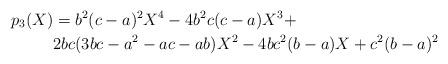
LaTeX: \begin{align*}p_3(X)&=b^2(c-a)^2X^4-4b^2c(c-a)X^3+\\&2bc(3bc-a^2-ac-ab)X^2-4bc^2(b-a)X+c^2(b-a)^2\end{align*}